Calcutta medical institutions reports 1892-1900
Year: 1892
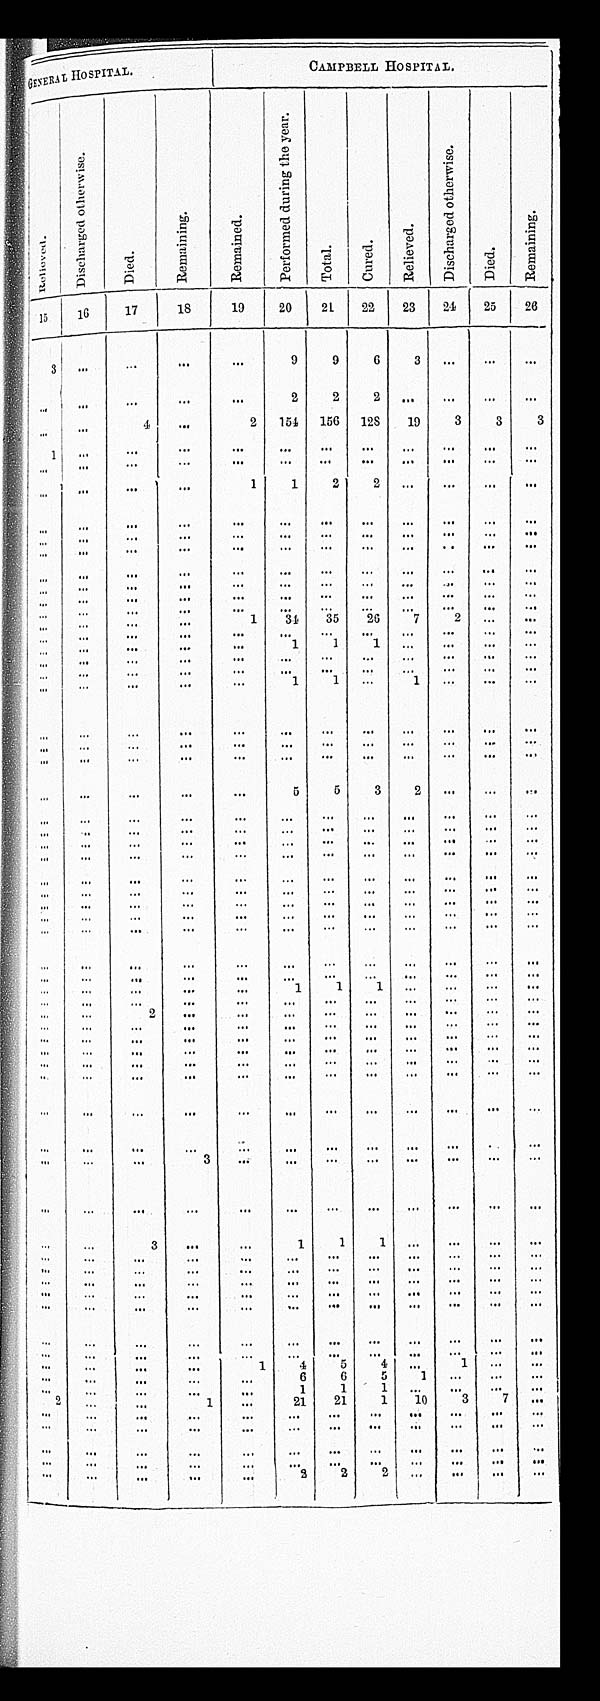
G E N E R A L H O S P I T A L .
CAMPBELL HOSPITAL.
R e l i e v e d .
D i s c h a r g e d o t h e r w i s e .
Died.
Re ma i n i n g .
R e m a i n e d .
P e r f o r m e d d u r i n g t h e y e a r .
Total.
Cured.
R e l i e v e d .
D i s c h a r g e d o t h e r w i s e .
Di ed.
Re ma i n i n g .
17
18
19
20
21
22
23
24
25
26
15
16
3
. . .
. . .
. . .
. . .
9
9
6
3
. . .
. . . . . .
. . .
. . .
. . .
. . .
. . .
2
2
2
. . .
. . .
. . .
. . .
. . .
. . .
4 . . .
2 154
156
128
19
3
3
3
1
. . .
. . .
. . .
. . .
. . .
. . . . . .
. . .
. . .
. . .
. . .
. . .
. . .
. . .
. . .
. . .
. . .
. . .
. . .
. . .
. . .
. . .
. . .
. . .
. . .
. . .
. . .
1
1
2
2
. . . . . .
. . .
. . .
. . .
. . .
. . .
. . .
. . .
. . .
. . .
. . .
. . . . . .
. . .
. . .
. . .
. . .
. . .
. . .
. . .
. . .
. . . . . .
. . .
. . .
. . .
. . .
. . .
. . .
. . .
. . .
. . .
. . .
. . .
. . .
. . . . . .
. . .
. . .
. . .
. . .
. . .
. . .
. . .
. . .
. . .
. . .
. . .
. . .
. . .
. . .
. . .
. . .
. . .
. . .
. . .
. . .
. . .
. . .
. . .
. . .
. . .
. . .
. . .
. . .
. . .
. . .
. . .
. . .
. . .
. . .
. . .
. . .
. . .
. . .
. . .
. . .
. . .
. . .
. . .
. . .
. . . . . .
. . .
. . .
. . .
. . .
. . .
. . .
. . .
. . .
1
34
35
26
7
2
. . .
. . .
. . .
. . .
. . .
. . .
. . .
. . .
. . . . . .
. . .
. . .
. . .
. . .
. . .
. . .
. . .
. . .
. . .
1
1
1
. . .
. . .
. . .
. . .
. . .
. . .
. . .
. . .
. . .
. . .
. . . . . .
. . . . . .
. . .
. . .
. . .
. . .
. . .
. . .
. . .
. . .
. . . . . .
. . .
. . .
. . .
. . .
. . .
. . .
. . .
. . .
. . .
1
1
. . .
1
. . .
. . .
. . .
. . .
. . .
. . .
. . .
. . .
. . .
. . .
. . .
. . .
. . .
. . .
. . .
. . .
. . .
. . .
. . .
. . .
. . . . . .
. . .
. . .
. . .
. . .
. . .
. . .
. . .
. . .
. . .
. . .
. . .
. . .
. . .
. . .
. . .
. . .
. . .
. . .
. . .
. . .
. . .
. . .
5
5
3
2
. . . . . .
. . .
. . .
. . .
. . .
. . .
. . .
. . .
. . . . . .
. . .
. . .
. . .
. . .
. . .
. . .
. . .
. . .
. . .
. . .
. . .
. . .
. . .
. . . . . .
. . .
. . .
. . .
. . .
. . .
. . .
. . .
. . .
. . .
. . .
. . .
. . .
. . .
. . .
. . .
. . .
. . .
. . .
. . .
. . . . . .
. . .
. . .
. . .
. . .
. . .
. . .
. . .
. . .
. . .
. . .
. . .
. . .
. . .
. . .
. . .
. . .
. . .
. . .
. . .
. . .
. . .
. . .
. . .
. . .
. . .
. . .
. . .
. . .
. . .
. . .
. . .
. . .
. . .
. . .
. . .
. . .
. . .
. . .
. . .
. . .
. . .
. . .
. . .
. . .
. . .
. . .
. . .
. . .
. . .
. . .
. . .
. . .
. . .
. . .
. . .
. . .
. . . . . .
. . .
. . .
. . .
. . .
. . .
. . .
. . .
. . .
. . .
. . .
. . .
. . . . . .
. . .
. . .
. . .
. . .
. . .
. . .
. . .
. . .
. . .
. . .
. . .
. . .
. . .
. . .
. . .
. . .
. . .
. . .
. . .
. . .
. . .
. . .
1
1
1
. . .
. . .
. . .
. . .
. . .
. . .
. . .
. . .
. . .
. . .
. . .
. . .
. . .
. . .
. . .
. . .
. . .
. . .
2
. . .
. . .
. . .
. . .
. . .
. . .
. . .
. . .
. . .
. . .
. . .
. . .
. . .
. . .
. . .
. . .
. . .
. . .
. . .
. . .
. . .
. . .
. . .
. . .
. . .
. . .
. . .
. . .
. . .
. . .
. . .
. . .
. . .
. . .
. . .
. . .
. . .
. . .
. . .
. . .
. . .
. . .
. . .
. . .
. . .
. . .
. . .
. . .
. . .
. . .
. . .
. . .
. . .
. . .
. . .
. . .
. . .
. . .
. . .
. . .
. . .
. . .
. . .
. . .
. . .
. . .
. . .
. . .
. . .
. . .
. . .
. . .
. . .
. . .
. . .
. . .
. . .
. . .
. . .
. . .
. . .
. . .
. . .
. . .
. . .
. . .
. . .
. . .
. . .
. . .
. . .
. . . . . .
. . .
. . .
. . .
3
. . .
. . .
. . .
. . .
. . .
. . .
. . .
. . .
. . .
. . .
. . .
. . .
. . .
. . .
. . .
. . .
. . .
. . .
. . .
. . .
. . .
. . .
3
. . .
. . .
1
1
1
. . .
. . .
. . .
. . .
. . .
. . .
. . .
. . .
. . .
. . .
. . .
. . .
. . .
. . .
. . .
. . .
. . .
. . .
. . .
. . .
. . .
. . .
. . .
. . .
. . .
. . .
. . .
. . .
. . .
. . .
. . .
. . .
. . .
. . .
. . .
. . .
. . .
. . .
. . .
. . .
. . .
. . .
. . .
. . .
. . .
. . .
. . .
. . .
. . .
. . .
. . .
. . .
. . .
. . .
. . .
. . .
. . .
. . .
. . .
. . .
. . .
. . .
. . .
. . .
. . .
. . .
. . .
. . .
. . . . . .
. . .
. . .
. . .
. . .
. . .
. . .
. . .
. . .
. . .
. . .
. . .
. . .
. . .
. . . . . .
. . .
. . .
. . .
. . .
. . .
. . .
. . .
1
4
5
4
. . .
1
. . .
. . .
. . .
. . .
. . .
. . .
. . . 6
6
5
1
. . .
. . .
. . .
. . .
. . .
. . .
. . .
. . .
1
1
1
. . .
. . .
. . .
. . .
2
. . .
. . .
1
. . .
21
21
1
10
3
7
. . .
. . .
. . .
. . .
. . .
. . .
. . .
. . .
. . .
. . .
. . .
. . .
. . .
. . .
. . .
. . .
. . .
. . .
. . .
. . .
. . .
. . .
. . .
. . .
. . .
. . .
. . .
. . .
. . .
. . .
. . .
. . .
. . .
. . .
. . .
. . .
. . .
. . .
. . .
. . .
. . .
. . .
. . .
. . .
. . .
. . .
. . .
. . .
. . .
. . .
. . .
. . .
. . .
. . .
2
2
2
. . .
. . .
. . .
. . .